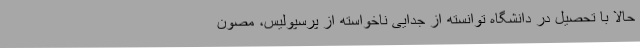
حالا با تحصیل در دانشگاه توانسته از جدایی ناخواسته از پرسپولیس، مصون